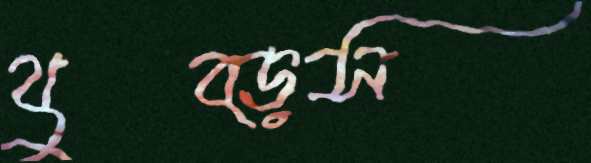
থুব্‌ড়স